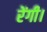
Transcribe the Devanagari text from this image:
रेंगी।